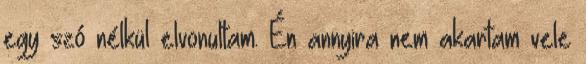
egy szó nélkül elvonultam. Én annyira nem akartam vele